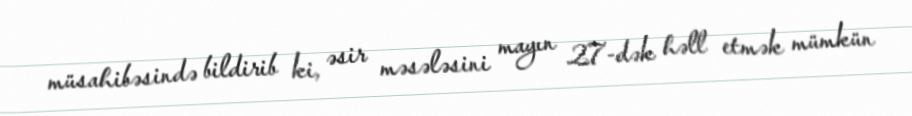
müsahibəsində bildirib ki, əsir məsələsini mayın 27-dək həll etmək mümkün